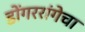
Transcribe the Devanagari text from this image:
डोंगररांगेचा